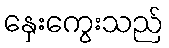
နှေးကွေးသည်